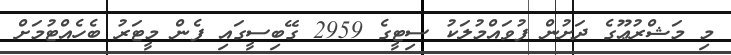
މި މަޝްރުޢޫގެ ދަށުން ފުވައްމުލަކު ސިޓީގެ 2959 ގޭބިސީގައި ފެން މީޓަރު ބެހެއްޓުމަށް